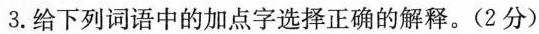
3.给下列词语中的加点字选择正确的解释。(2分)